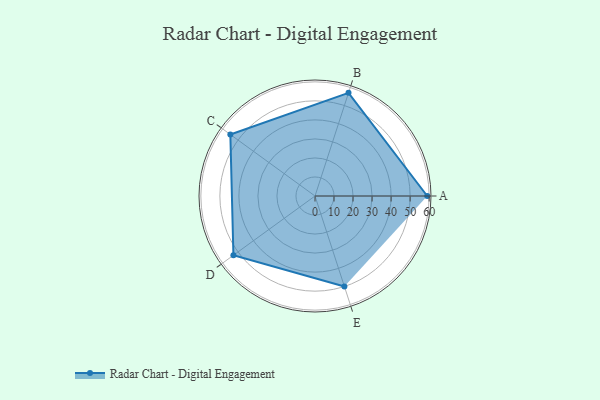
{"axis": {"x": "Skill", "y": "Score"}, "legend": ["Profile"], "data": [{"x": "A", "y": 59.0, "type": "Profile"}, {"x": "B", "y": 57.0, "type": "Profile"}, {"x": "C", "y": 55.0, "type": "Profile"}, {"x": "D", "y": 53.0, "type": "Profile"}, {"x": "E", "y": 50.0, "type": "Profile"}]}